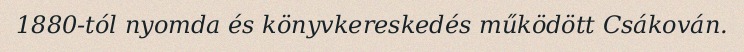
1880-tól nyomda és könyvkereskedés működött Csákován.